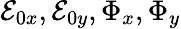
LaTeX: \mathcal{E}_{0x},\mathcal{E}_{0y},\Phi_{x},\Phi_{y}